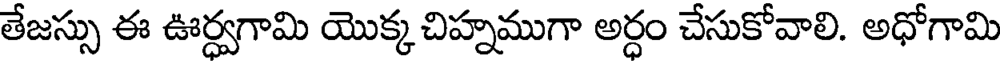
తేజస్సు ఈ ఊర్ధ్వగామి యొక్క చిహ్నముగా అర్ధం చేసుకోవాలి. అధోగామి